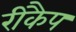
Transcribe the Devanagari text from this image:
रीकैप